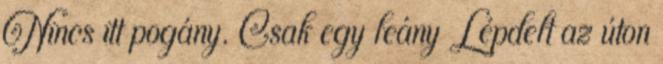
Nincs itt pogány. Csak egy leány Lépdelt az úton